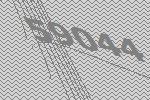
59044